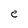
Character: e